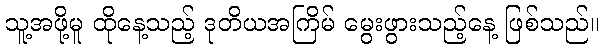
သူ့အဖို့မူ ထိုနေ့သည့် ဒုတိယအကြိမ် မွေးဖွားသည့်နေ့ ဖြစ်သည်။